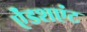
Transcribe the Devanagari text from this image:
ऐंडशएंट